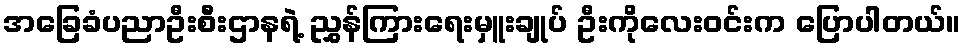
အခြေခံပညာဦးစီးဌာနရဲ့ ညွှန်ကြားရေးမှူးချုပ် ဦးကိုလေးဝင်းက ပြောပါတယ်။